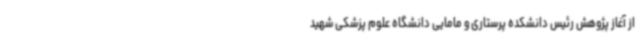
از آغاز پژوهش رئیس دانشکده پرستاری و مامایی دانشگاه علوم پزشکی شهید